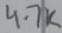
Text: 4.7K